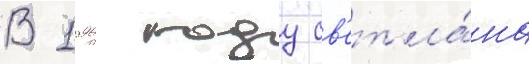
В 1996 году св'етла́на